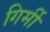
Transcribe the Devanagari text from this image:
गिर्मी